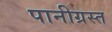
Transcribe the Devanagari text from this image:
पानीग्रस्त